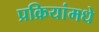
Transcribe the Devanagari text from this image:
प्रक्रियांमधे